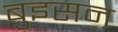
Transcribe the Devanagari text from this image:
बुइसन